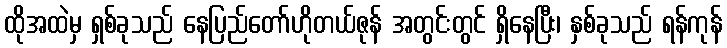
ထိုအထဲမှ ရှစ်ခုသည် နေပြည်တော်ဟိုတယ်ဇုန် အတွင်းတွင် ရှိနေပြီး၊ နှစ်ခုသည် ရန်ကုန်